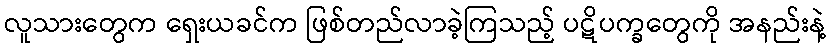
လူသားတွေက ရှေးယခင်က ဖြစ်တည်လာခဲ့ကြသည့် ပဋိပက္ခတွေကို အနည်းနဲ့